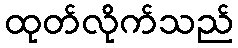
ထုတ်လိုက်သည်